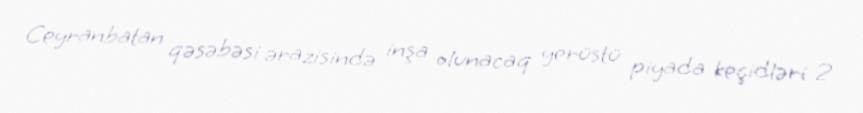
Ceyranbatan qəsəbəsi ərazisində inşa olunacaq yerüstü piyada keçidləri 2